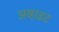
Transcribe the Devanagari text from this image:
अव्हाइट